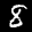
Label: 8